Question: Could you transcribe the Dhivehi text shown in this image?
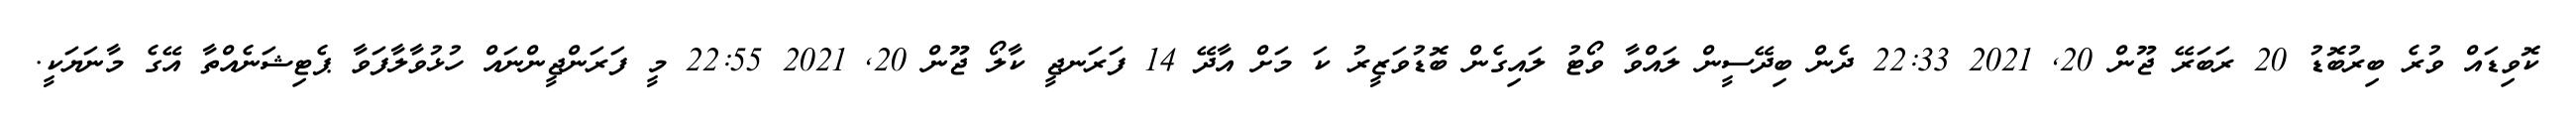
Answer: ކޮވިޑައް ވުރެ ބިރުބޮޑު 20 ރަބަރޭ ޖޫން 20, 2021 22:33 ދެން ބިދޭސީން ލައްވާ ވޯޓު ލައިގެން ބޮޑުވަޒީރު ކަ މަށް އާދޭ 14 ފަރަނޖީ ކާލޯ ޖޫން 20, 2021 22:55 މީ ފަރަންޖީންނައް ހުޅުވާލާފަވާ ޕެޓިޝަނެއްތާ އޭގެ މާނަޔަކީ.